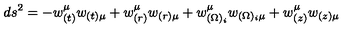
d s ^ { 2 } = - w _ { ( t ) } ^ { \mu } w _ { ( t ) \mu } + w _ { ( r ) } ^ { \mu } w _ { ( r ) \mu } + w _ { ( \Omega ) _ { i } } ^ { \mu } w _ { ( \Omega ) _ { i } \mu } + w _ { ( z ) } ^ { \mu } w _ { ( z ) \mu }